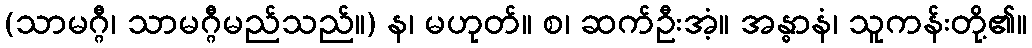
(သာမဂ္ဂီ၊ သာမဂ္ဂီမည်သည်။) န၊ မဟုတ်။ စ၊ ဆက်ဦးအံ့။ အန္ဓာနံ၊ သူကန်းတို့၏။